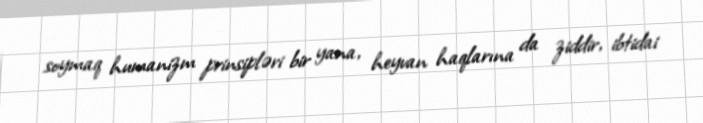
soymaq humanizm prinsipləri bir yana, heyvan haqlarına da ziddir, ibtidai